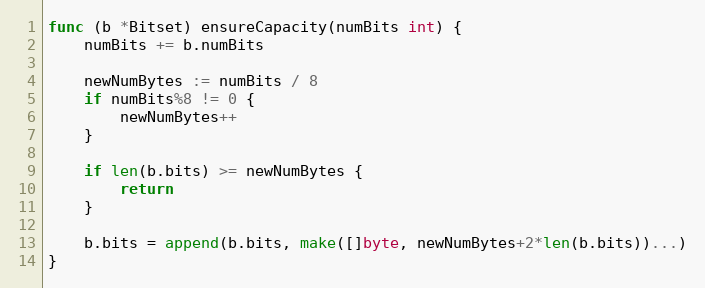
Language: Go
func (b *Bitset) ensureCapacity(numBits int) {
	numBits += b.numBits

	newNumBytes := numBits / 8
	if numBits%8 != 0 {
		newNumBytes++
	}

	if len(b.bits) >= newNumBytes {
		return
	}

	b.bits = append(b.bits, make([]byte, newNumBytes+2*len(b.bits))...)
}